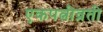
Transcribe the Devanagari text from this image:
एकपत्नीव्रती